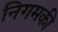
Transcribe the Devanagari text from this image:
निगमकी